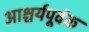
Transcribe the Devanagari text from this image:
आश्चर्यपूर्वक